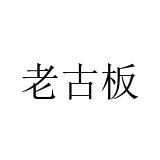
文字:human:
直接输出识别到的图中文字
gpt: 老古板